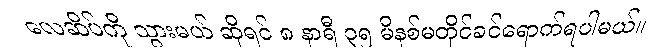
လေဆိပ်ကို သွားမယ် ဆိုရင် ၈ နာရီ ၃၅ မိနစ်မတိုင်ခင်ရောက်ရပါမယ်။